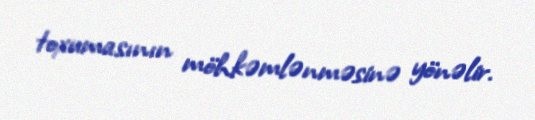
toxumasının möhkəmlənməsinə yönəlir.